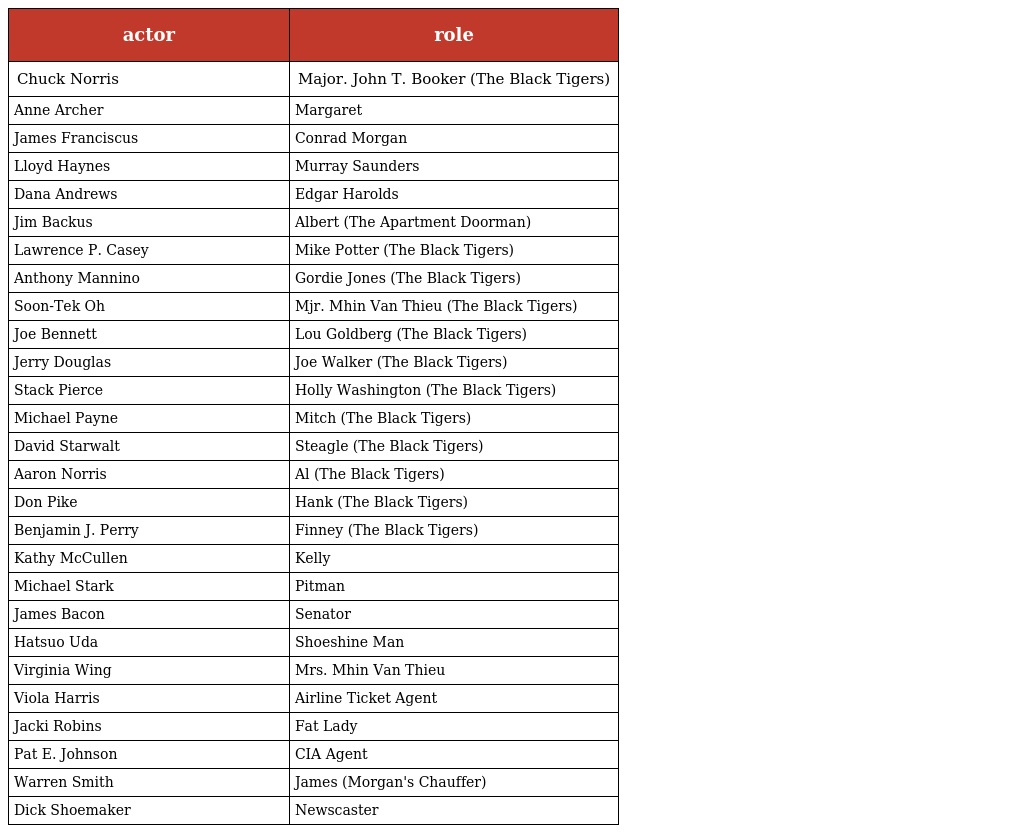
| actor | role |
 | --- | --- |
 | Chuck Norris | Major. John T. Booker (The Black Tigers) |
 | Anne Archer | Margaret |
 | James Franciscus | Conrad Morgan |
 | Lloyd Haynes | Murray Saunders |
 | Dana Andrews | Edgar Harolds |
 | Jim Backus | Albert (The Apartment Doorman) |
 | Lawrence P. Casey | Mike Potter (The Black Tigers) |
 | Anthony Mannino | Gordie Jones (The Black Tigers) |
 | Soon-Tek Oh | Mjr. Mhin Van Thieu (The Black Tigers) |
 | Joe Bennett | Lou Goldberg (The Black Tigers) |
 | Jerry Douglas | Joe Walker (The Black Tigers) |
 | Stack Pierce | Holly Washington (The Black Tigers) |
 | Michael Payne | Mitch (The Black Tigers) |
 | David Starwalt | Steagle (The Black Tigers) |
 | Aaron Norris | Al (The Black Tigers) |
 | Don Pike | Hank (The Black Tigers) |
 | Benjamin J. Perry | Finney (The Black Tigers) |
 | Kathy McCullen | Kelly |
 | Michael Stark | Pitman |
 | James Bacon | Senator |
 | Hatsuo Uda | Shoeshine Man |
 | Virginia Wing | Mrs. Mhin Van Thieu |
 | Viola Harris | Airline Ticket Agent |
 | Jacki Robins | Fat Lady |
 | Pat E. Johnson | CIA Agent |
 | Warren Smith | James (Morgan's Chauffer) |
 | Dick Shoemaker | Newscaster |